Source: Handwritten
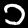
Digit: ၁ (1)